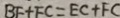
B F + F C = E C + F C